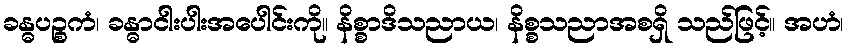
ခန္ဓပဉ္စကံ၊ ခန္ဓာငါးပါးအပေါင်းကို။ နိစ္စာဒိသညာယ၊ နိစ္စသညာအစရှိ သည်ဖြင့်။ အဟံ၊